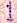
1